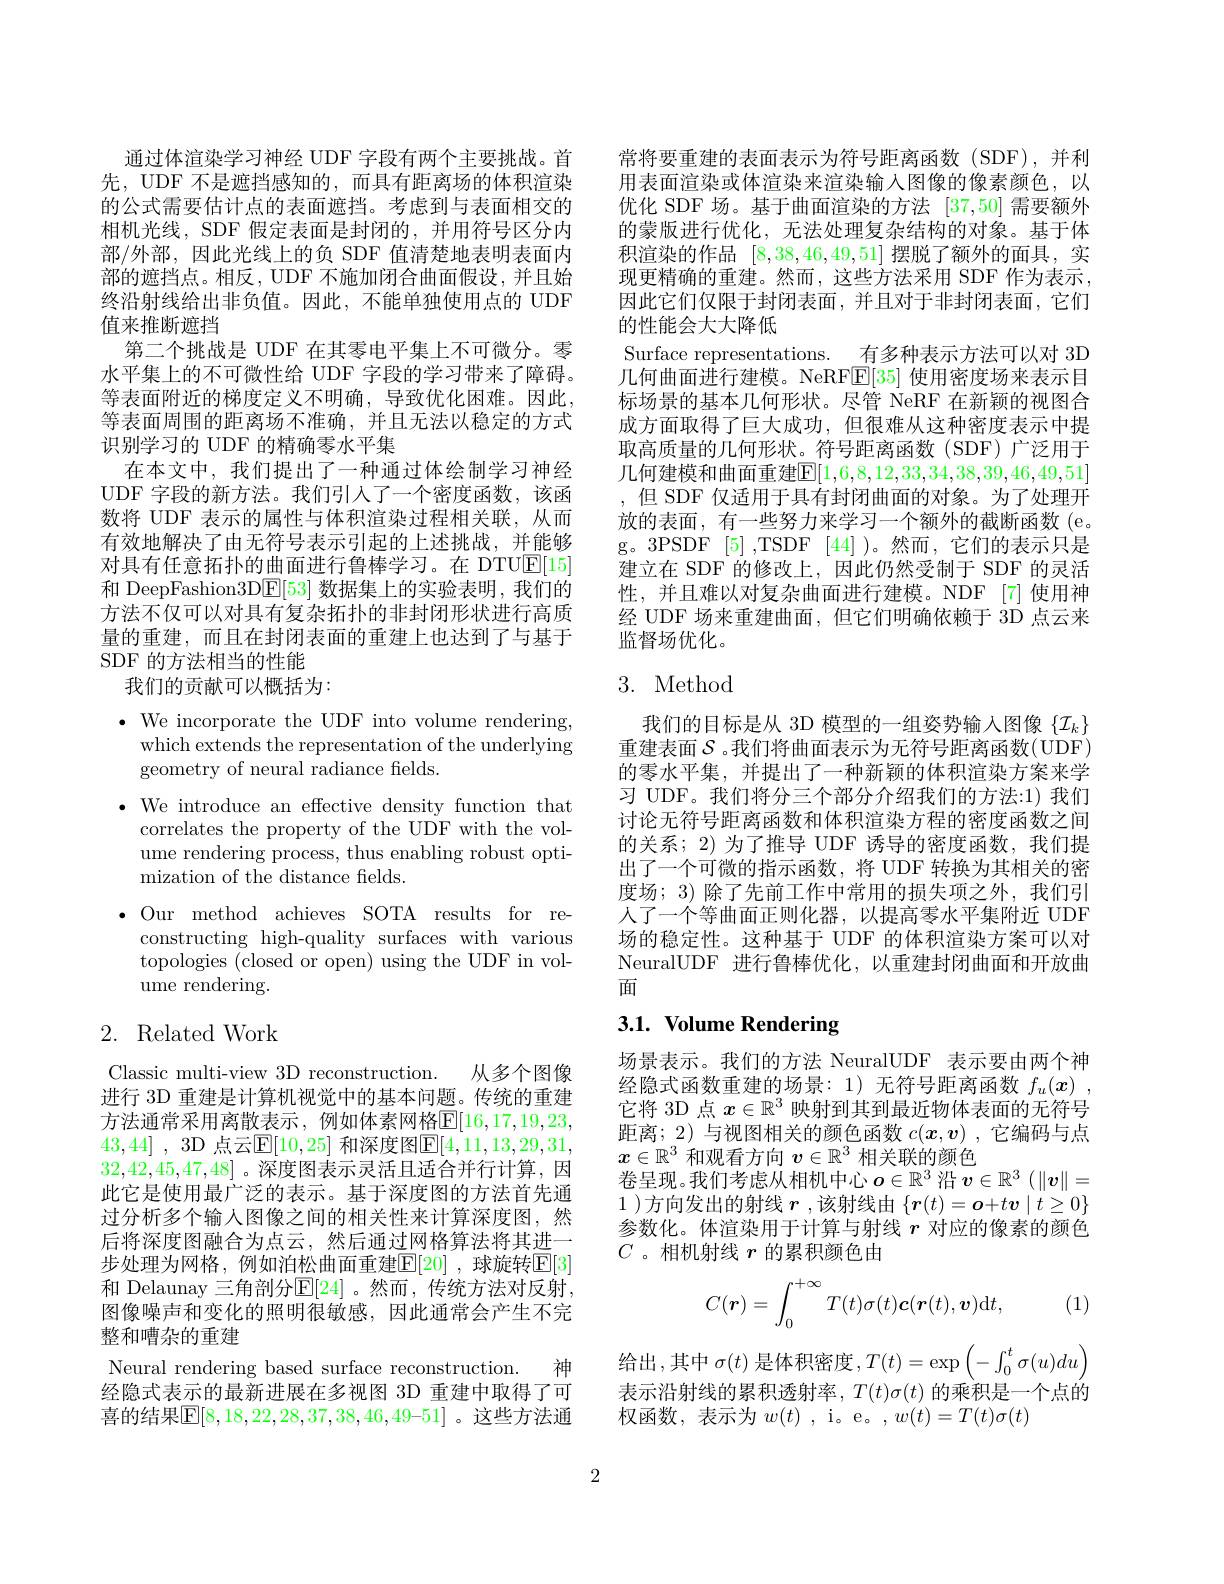
通过体渲染学习神经 UDF 字段有两个主要挑战。首先，UDF 不是遮挡感知的，而具有距离场的体积渲染的公式需要估计点的表面遮挡。考虑到与表面相交的相机光线，SDF 假定表面是封闭的，并用符号区分内部/外部，因此光线上的负 SDF 值清楚地表明表面内部的遮挡点。相反，UDF 不施加闭合曲面假设，并且始终沿射线给出非负值。因此，不能单独使用点的 UDF 值来推断遮挡
第二个挑战是 UDF 在其零电平集上不可微分。零水平集上的不可微性给 UDF 字段的学习带来了障碍。等表面附近的梯度定义不明确，导致优化困难。因此， 等表面周围的距离场不准确，并且无法以稳定的方式识别学习的 UDF 的精确零水平集
在本文中，我们提出了一种通过体绘制学习神经UDF 字段的新方法。我们引人了一个密度函数，该函数将 UDF 表示的属性与体积渲染过程相关联，从而有效地解决了由无符号表示引起的上述挑战，并能够对具有任意拓扑的曲面进行鲁棒学习。在 DTU$\underline{\mathrm{E}}[15]$ 和 DeepFashion3D$\underline{\mathrm{E}}[53]$数据集上的实验表明，我们的方法不仅可以对具有复杂拓扑的非封闭形状进行高质量的重建，而且在封闭表面的重建上也达到了与基于SDF 的方法相当的性能
我们的贡献可以概括为：

$\cdot$ We incorporate the UDF into volume rendering,
which extends the representation of the underlying
geometry of neural radiance felds.
$\bullet$ We introduce an effective density function that
correlates the property of the UDF with the volume rendering process, thus enabling robust optimization of the distance fields.
$\bullet$Our method achieves SOTA results for re-
constructing high-quality surfaces with various topologies (closed or open) using the UDF in volume rendering.

# 2. Related Work

Classic multi-view 3D reconstruction.
从多个图像
进行 3D 重建是计算机视觉中的基本问题。传统的重建方法通常采用离散表示，例如体素网格$\mathbb{E}[16,17,19,23$, 43,44] , 3D 点云$\mathbb{E}[10,25]$ 和深度图$\mathbb{E}[4,11,13,29,31$, 32,42,45,47,48] 。深度图表示灵活且适合并行计算，因此它是使用最广泛的表示。基于深度图的方法首先通过分析多个输人图像之间的相关性来计算深度图，然后将深度图融合为点云，然后通过网格算法将其进一步处理为网格，例如泊松曲面重建$\mathbb{E}[20]$ ,球旋转$\mathbb{E}[3]$ 和 Delaunay 三角剖分$\mathbb{E}[24]$。然而，传统方法对反射， 图像噪声和变化的照明很敏感，因此通常会产生不完整和嘈杂的重建
Neural rendering based surface reconstruction. 神经隐式表示的最新进展在多视图 3D 重建中取得了可喜的结果$\boxed{\mathbb{E}}[8,18,22,28,37,38,46,49–51]$ 。这些方法通

常将要重建的表面表示为符号距离函数(SDF),并利用表面渲染或体渲染来渲染输入图像的像素颜色，以优化 SDF 场。基于曲面渲染的方法[37,50]需要额外的蒙版进行优化，无法处理复杂结构的对象。基于体积渲染的作品[8,38,46,49,51]摆脱了额外的面具，实现更精确的重建。然而，这些方法采用 SDF 作为表示， 因此它们仅限于封闭表面，并且对于非封闭表面，它们的性能会大大降低
Surface representations. 有多种表示方法可以对 3D 几何曲面进行建模。NeRF$\mathbb{E}[35]$使用密度场来表示目标场景的基本几何形状。尽管 NeRF 在新颖的视图合成方面取得了巨大成功，但很难从这种密度表示中提取高质量的几何形状。符号距离函数(SDF)广泛用于几何建模和曲面重建$\mathbb{E}[1,6,8,12,33,34,38,39,46,49,51]$ 但 SDF 仅适用于具有封闭曲面的对象。为了处理开放的表面，有一些努力来学习一个额外的截断函数 (e。g。3PSDF [5] ,TSDF [44] )。然而，它们的表示只是建立在 SDF 的修改上，因此仍然受制于 SDF 的灵活性，并且难以对复杂曲面进行建模。NDF [7]使用神经 UDF 场来重建曲面，但它们明确依赖于 3D 点云来监督场优化。

## 3. Method

我们的目标是从 3D 模型的一组姿势输入图像$\{\mathcal{I}_k\}$ 重建表面$\mathcal{S}$ 。我们将曲面表示为无符号距离函数(UDF) 的零水平集，并提出了一种新颖的体积渲染方案来学习 UDF。我们将分三个部分介绍我们的方法：1) 我们讨论无符号距离函数和体积渲染方程的密度函数之间的关系；2) 为了推导 UDF 诱导的密度函数，我们提出了一个可微的指示函数，将 UDF 转换为其相关的密度场；3) 除了先前工作中常用的损失项之外，我们引人了一个等曲面正则化器，以提高零水平集附近 UDF 场的稳定性。这种基于 UDF 的体积渲染方案可以对NeuralUDF 进行鲁棒优化，以重建封闭曲面和开放曲面

# 3.1. Volume Rendering

场景表示。我们的方法 NeuralUDF 表示要由两个神经隐式函数重建的场景：1)无符号距离函数$f_u( x)$ , 它将 3D 点$x\in\mathbb{R}^3$映射到其到最近物体表面的无符号距离；2) 与视图相关的颜色函数$c(\boldsymbol{x},\boldsymbol{v})$ ,它编码与点$x\in\mathbb{R}^3$和观看方向$v\in\mathbb{R}^3$相关联的颜色
卷呈现。我们考虑从相机中心$o\in\mathbb{R}^3$沿$v\in\mathbb{R}^3\left(\|\boldsymbol{v}\right\|=$ 1 )方向发出的射线$r$ ,该射线由$\{\boldsymbol{r}(t)=\boldsymbol{o}+t\boldsymbol{v}\mid t\geq0\}$ 参数化。体渲染用于计算与射线$r$对应的像素的颜色$C$ 。相机射线$r$的累积颜色由
$$C(\boldsymbol{r})=\int_0^{+\infty}T(t)\sigma(t)\boldsymbol{c}(\boldsymbol{r}(t),\boldsymbol{v})\mathrm{d}t,$$
(1)

给出，其中$\sigma(t)$是体积密度$,T(t)=\exp\left(-\int_0^t\sigma(u)du\right)$ 表示沿射线的累积透射率，$T(t)\sigma(t)$的乘积是一个点的权函数，表示为$w(t)$ , i。e。, $w(t)=T(t)\sigma(t)$

2